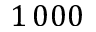
1 \, 0 0 0